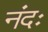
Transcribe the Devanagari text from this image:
नंदः